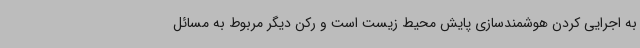
به اجرایی کردن هوشمندسازی پایش محیط زیست است و رکن دیگر مربوط به مسائل